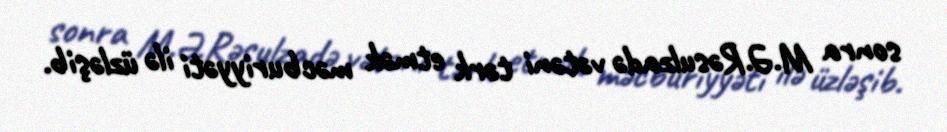
sonra M.Ə.Rəsulzadə vətəni tərk etmək məcburiyyəti ilə üzləşib.